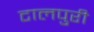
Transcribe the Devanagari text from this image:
टालपुरी